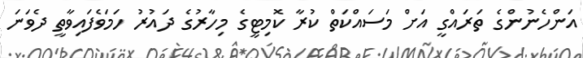
އަންހެނުންގެ ތަރައްގީ އަށް މަަސައްކަތް ކުރާ ކޮމިޓީގެ މިހާރުގެ ދައުރު ހަމަވެފައިވާތީ ދެވަނަ